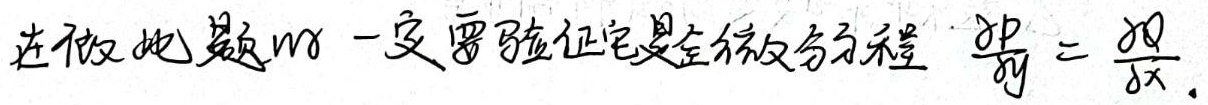
\(\frac{\partial P}{\partial y}=\frac{\partial Q}{\partial x}\)。若此式成立，则全微分方程有一个通解。